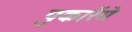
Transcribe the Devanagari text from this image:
पुकारेंगे